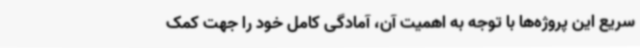
سریع این پروژه‌ها با توجه به اهمیت آن، آمادگی کامل خود را جهت کمک